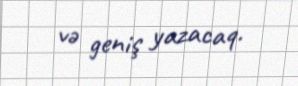
və geniş yazacaq.